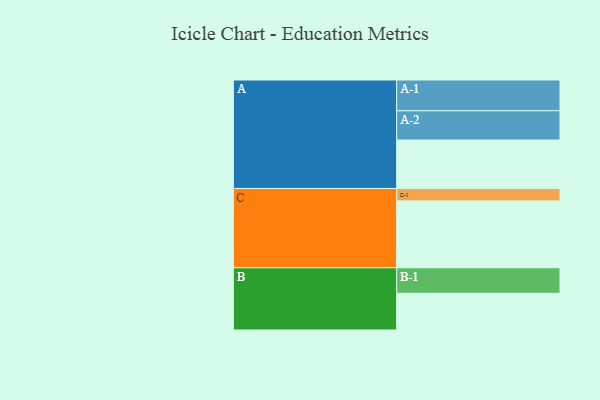
{"axis": {"x": "Segment", "y": "Value"}, "legend": ["", "A", "B", "C"], "data": [{"x": "A", "y": 417, "type": ""}, {"x": "B", "y": 316, "type": ""}, {"x": "C", "y": 576, "type": ""}, {"x": "A-1", "y": 265, "type": "A"}, {"x": "A-2", "y": 252, "type": "A"}, {"x": "B-1", "y": 220, "type": "B"}, {"x": "C-1", "y": 107, "type": "C"}]}